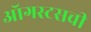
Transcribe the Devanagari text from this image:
ऑगस्टसची